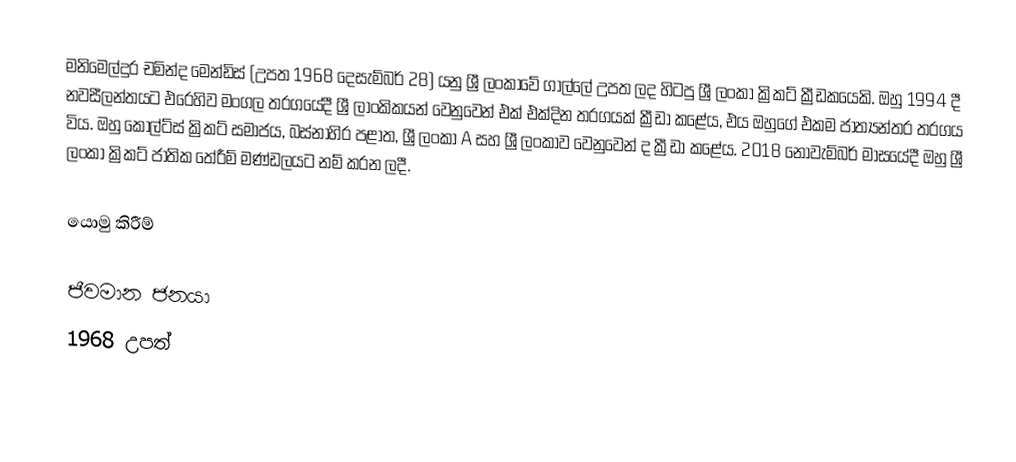
මනිමෙල්දුර චමින්ද මෙන්ඩිස් (උපත 1968 දෙසැම්බර් 28) යනු ශ්‍රී ලංකාවේ ගාල්ලේ උපත ලද හිටපු ශ්‍රී ලංකා ක්‍රිකට් ක්‍රීඩකයෙකි. ඔහු 1994 දී නවසීලන්තයට එරෙහිව මංගල තරගයේදී ශ්‍රී ලාංකිකයන් වෙනුවෙන් එක් එක්දින තරගයක් ක්‍රීඩා කළේය, එය ඔහුගේ එකම ජාත්‍යන්තර තරගය විය. ඔහු කෝල්ට්ස් ක්‍රිකට් සමාජය, බස්නාහිර පළාත, ශ්‍රී ලංකා A සහ ශ්‍රී ලංකාව වෙනුවෙන් ද ක්‍රීඩා කළේය. 2018 නොවැම්බර් මාසයේදී ඔහු ශ්‍රී ලංකා ක්‍රිකට් ජාතික තේරීම් මණ්ඩලයට නම් කරන ලදී.

යොමු කිරීම්

ජීවමාන ජනයා
1968 උපත්